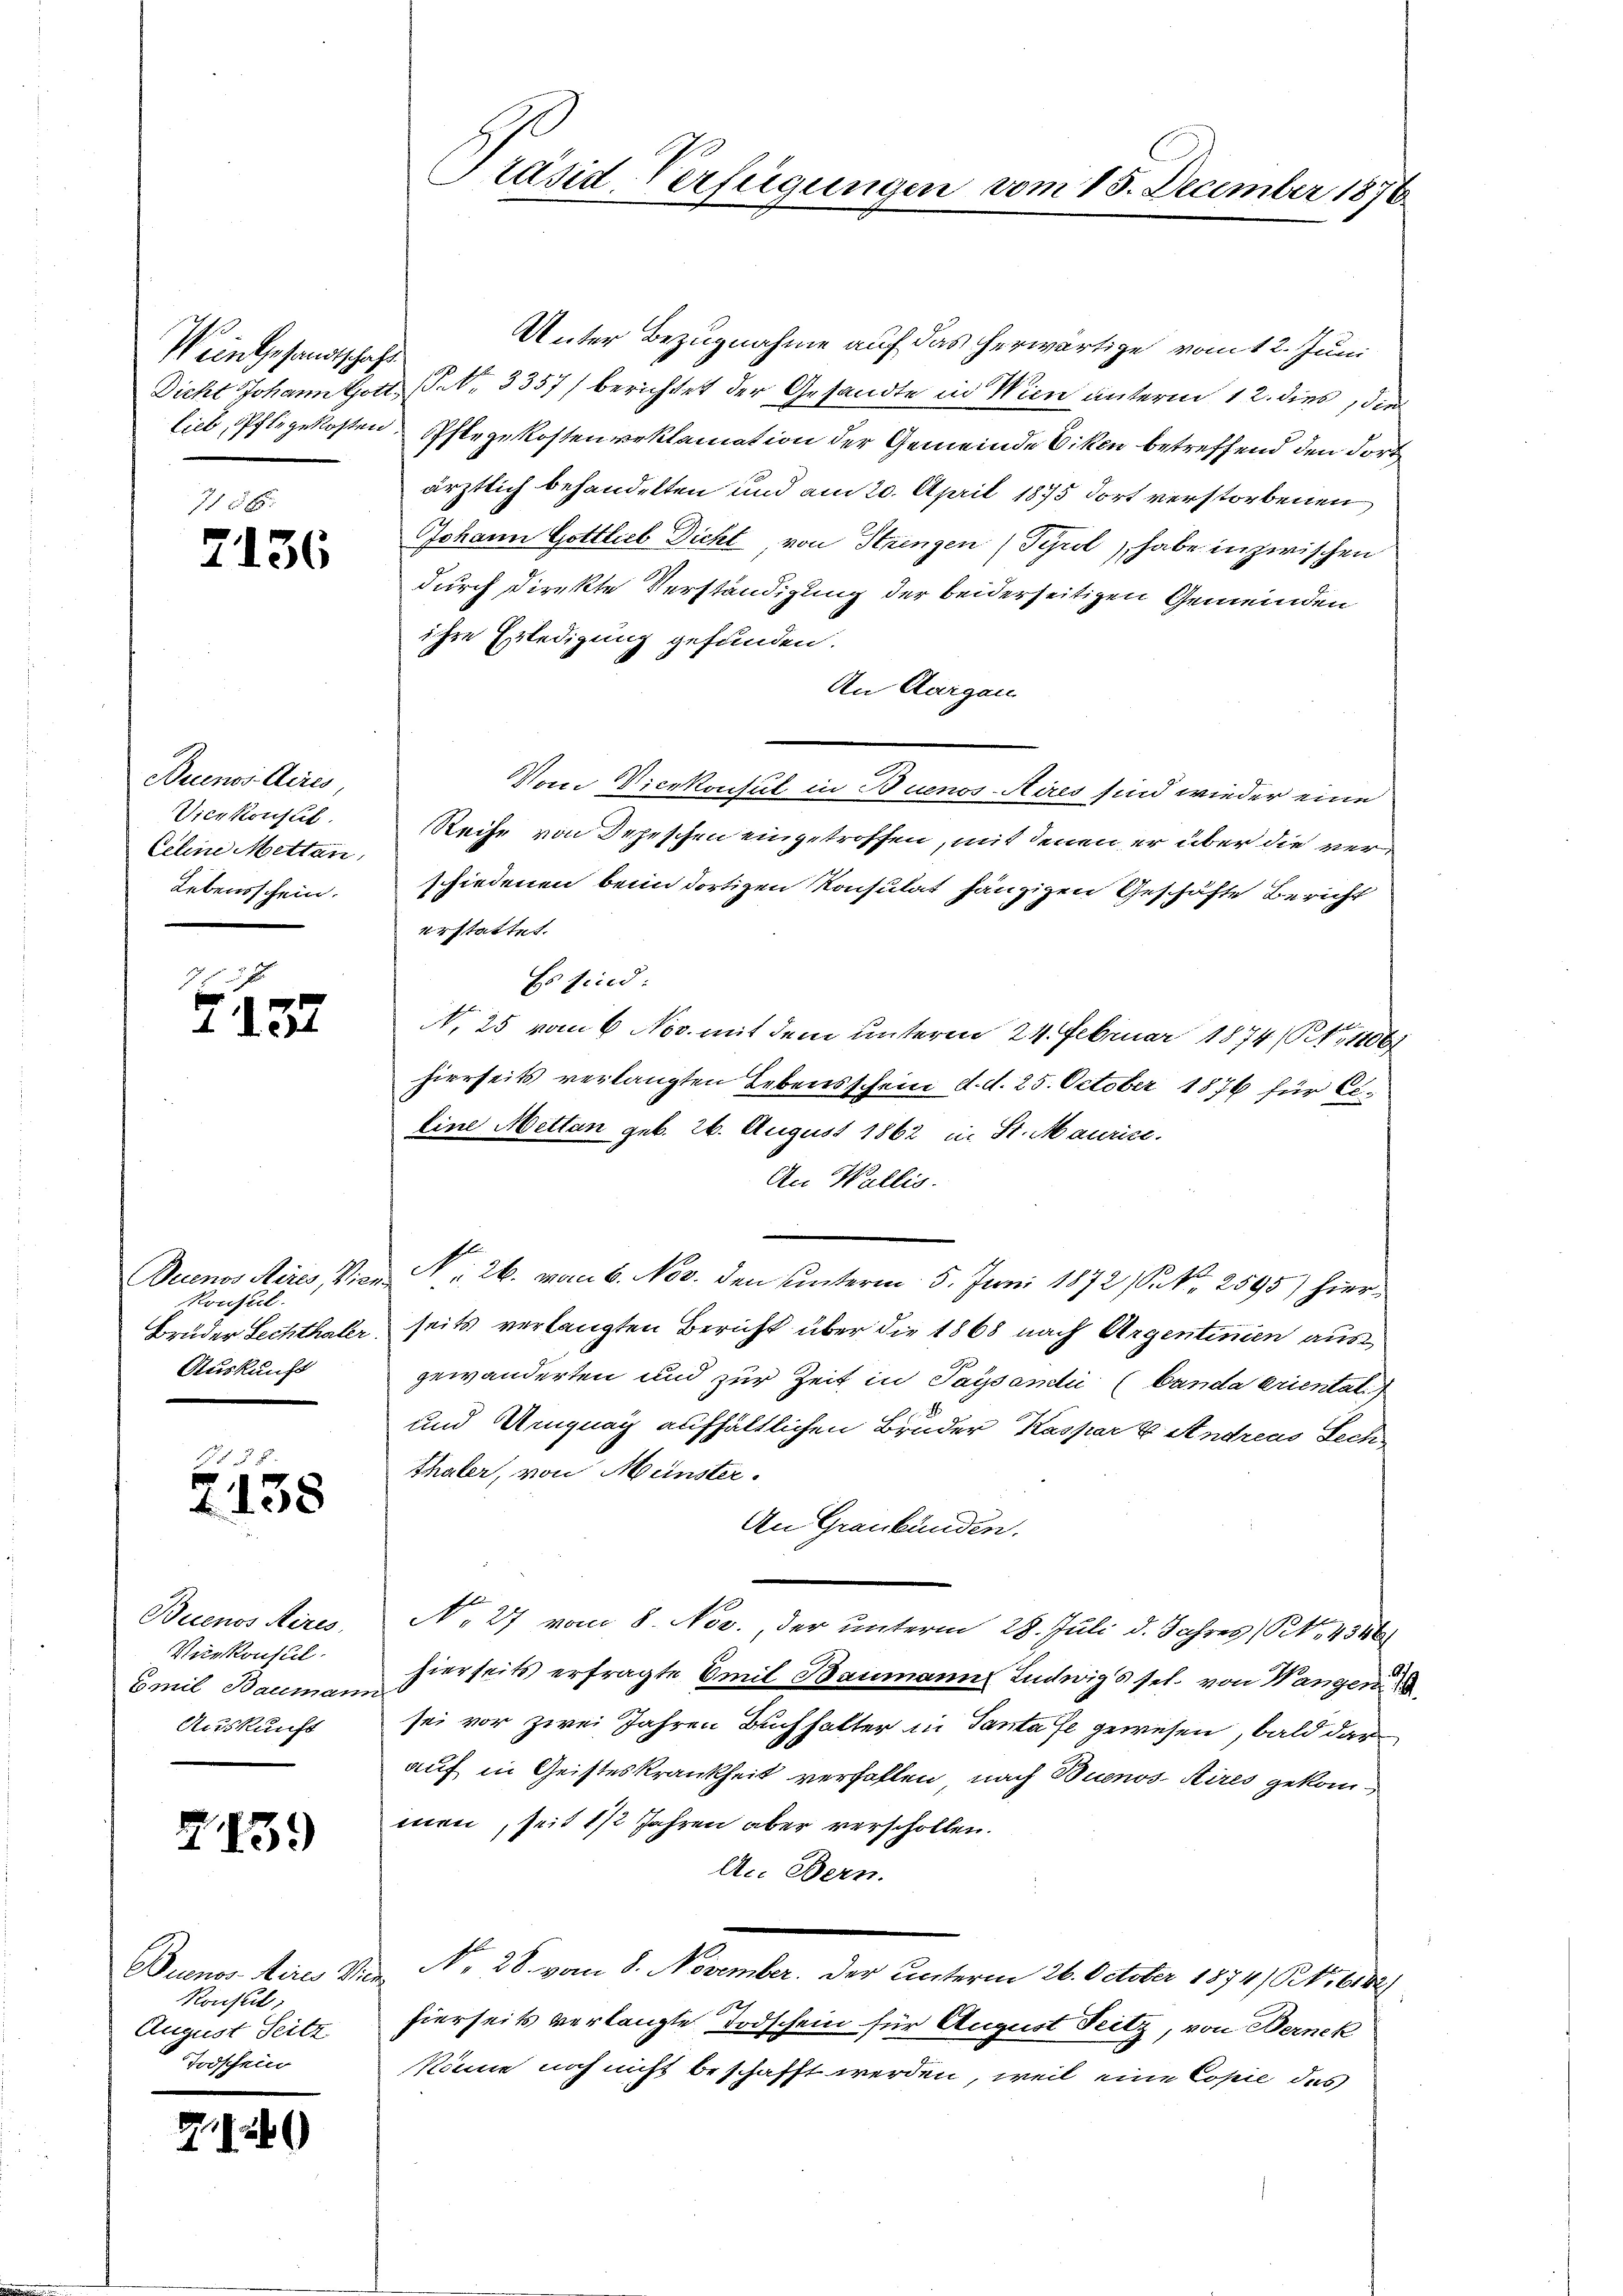
Wein Gesandtschaft

2136

Buenos Aires,
Vicekonseil.
Celine Mettan
Lebensschein.

G. 157

Buenos Aires, Vie
Konsul.
Bruder Lechthaler
Auskunft

1828.
2138

Buenos Aires.
Viekonsul
Emil Bauman
Auskunft

2139

Buenos Aires Mi
Ronsul
August Seitz
Todschein

22

b

Präsid. Verfügungen

vom 15. December 1876

Unter Bezugnahme auf das herwärtige vom 12. Juni
Dicht Johann Gott, P. Nr. 3357) berichtet der Gesandte in Wien unterm 12. dies, die
liel, Pflegekosten Pflegekosten Beklamation der Gemeinde Eiken betreffend den dort
ärztlich behandelten und am 20. April 1875 dort verstorbenen
Johann Gottlieb Dicht, von Strengen (Tyrol, habe in zwischen
durch direkte Verständigung der beiderseitigen Gemeinden
ihre Erledigung gefunden.
An Aargau
Von Vierkonsul in Buenos-Aires sind wieder eine
Reihe von Depeschen eingetroffen, mit denen er über die verschiedenen beim dortigen Konsulat hängigen Geschäfte Bericht
erstattet.
Es find:
N. 25 vom 6 Nov. mit dem unterm 24. Februar 1874 (Rt., 1106
hierseits verlangten Lebensschein d. d. 25. October 1876 für Ei¬
Eine Mettan geb. 26. August 1862 in St. Maurice.
An Wallis.
Nr. 26. von 6. Nov. den unterm 5. Juni 1872 (S. 2595) hierseits verlangten Bericht über die 1868 nach Argentinien aus
gewänderten und zur Zeit in Paysamli (Carda eriental
und Ungnag aufhältlichen Bruder Kaspar u. Andreas Lech
thaler, von Münster.
An Graubünden.
No. 27 vom 8. Nov., der unterm 28. Juli d. Jahres (S. 4346
hierseits erfragte Emil Baumanns Ludwigs sel. von Wangen
sei vor zwei Jahren Buchhalter in Panta se gewesen, bald dar
auf in Geisteskrankheit verfallen, nach Buenos-Aires gekommen, seit 1/2 Jahren aber verschollen.
An Bern.
No. 28. vom 8. November. Der unterm 26. October 1874) S. 6142)
hierseits verlangte Todschein für August Teitz, von Bernek
könne noch nicht beschafft werden, weil eine Copie des